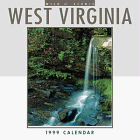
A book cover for Cal 99 Wild & Scenic West Virginia; Browntrout Publishers; Travel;